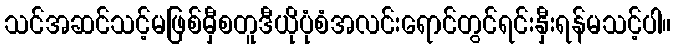
သင်အဆင်သင့်မဖြစ်မှီစတူဒီယိုပုံစံအလင်းရောင်တွင်ရင်းနှီးရန်မသင့်ပါ။